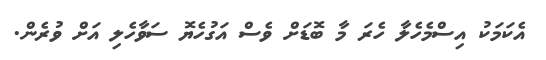
އެކަމަކު އިސްމެހެލާ ހެރަ މާ ބޮޑަށް ވެސް އަގުހެޔޮ ސަވާހެލި އަށް ވުރެން.